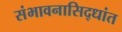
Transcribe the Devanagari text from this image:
संभावनासिद्धांत